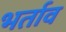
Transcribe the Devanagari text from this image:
भर्ताव